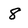
Character: 8